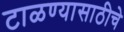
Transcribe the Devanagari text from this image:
टाळण्यासाठीचे